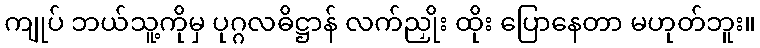
ကျုပ် ဘယ်သူ့ကိုမှ ပုဂ္ဂလဓိဋ္ဌာန် လက်ညှိုး ထိုး ပြောနေတာ မဟုတ်ဘူး။